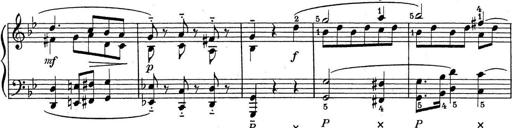
Title: ÄŒeskÃ© Sonatiny
Composer: Various